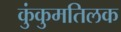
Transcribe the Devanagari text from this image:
कुंकुमतिलक